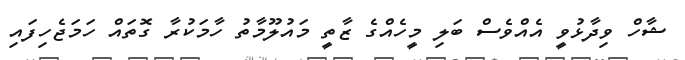
ޝާހް ވިދާޅުވީ އެއްވެސް ބަލި މީހެއްގެ ޒާތީ މައުލޫމާތު ހާމަކުރާ ގޮތައް ހަމަޖެހިފައި